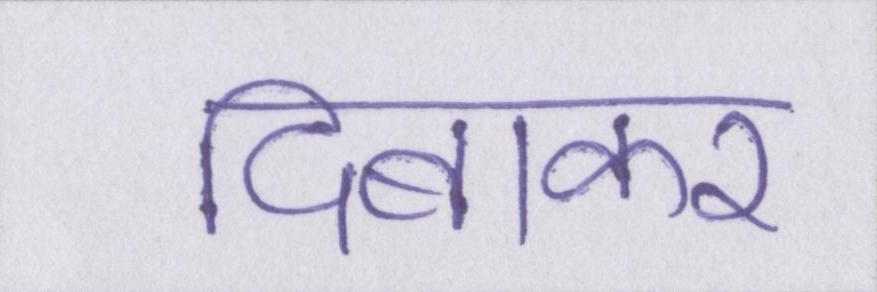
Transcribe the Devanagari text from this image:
दिबाकर